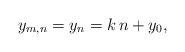
LaTeX: \begin{align*}y_{m,n}=y_n = k\, n + y_0,\end{align*}